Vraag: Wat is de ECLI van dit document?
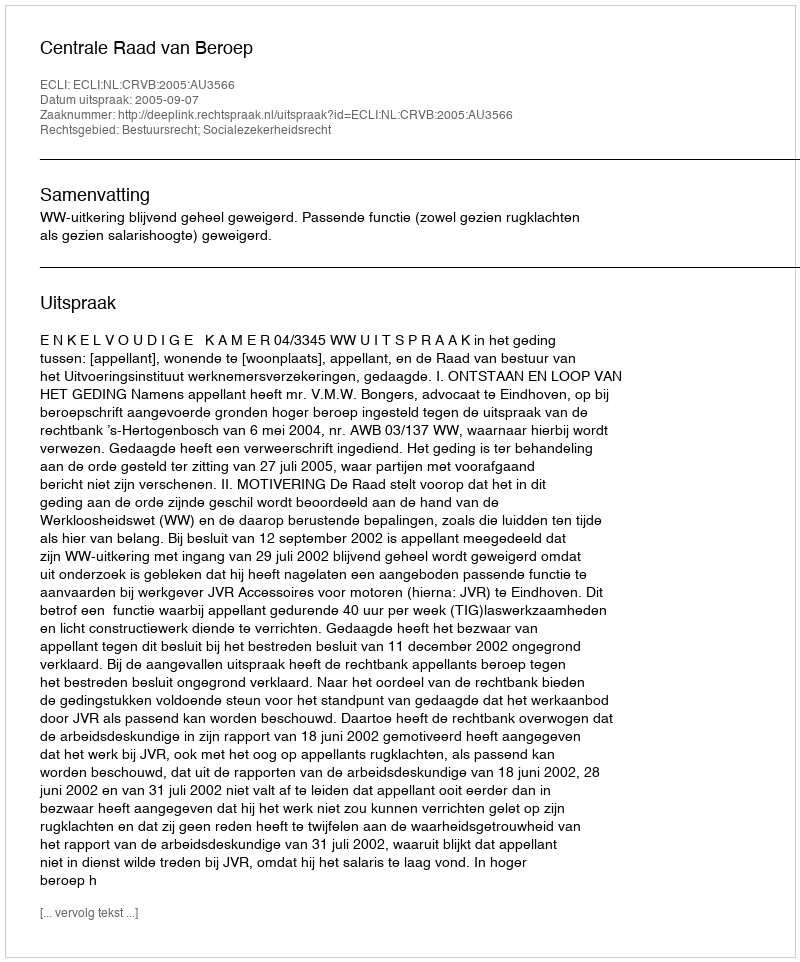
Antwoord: ECLI:NL:CRVB:2005:AU3566